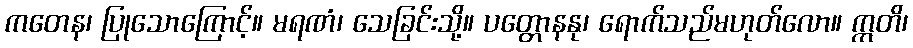
ကတေန၊ ပြုသောကြောင့်။ မရဏံ၊ သေခြင်းသို့။ ပတ္တောနနု၊ ရောက်သည်မဟုတ်လော။ ဣတိ၊